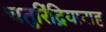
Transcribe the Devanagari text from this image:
चतुरिंद्रियानाह